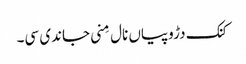
کنک دڑوپیاں نال مِنی جاندی سی۔